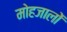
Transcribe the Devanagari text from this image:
मोहजालों